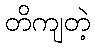
တိကျတဲ့